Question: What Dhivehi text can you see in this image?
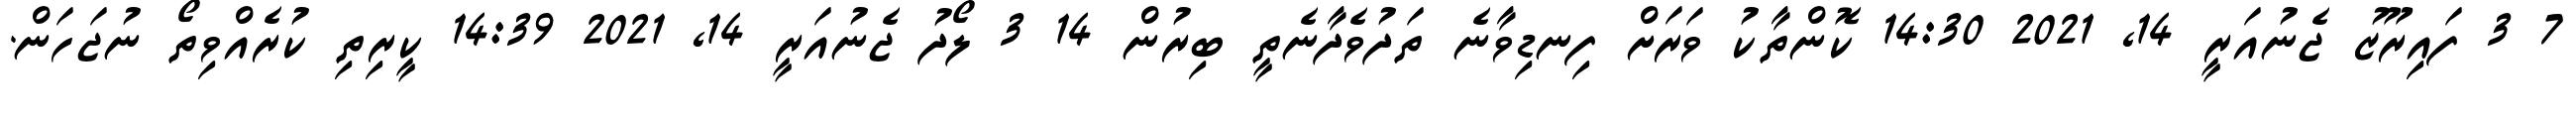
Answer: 7 3 ފައިރޫޒު ޖެނުއަރީ 14, 2021 14:30 ކޮންތާކު ވަރަށް ފިނޑިވާނެ ތަދުވެދާނެތީ ބިރުން 14 3 ލޯދު ޖެނުއަރީ 14, 2021 14:39 ކީރިތި ކުރެއްވިތޯ ނުޖަހަން.